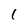
Character: 1